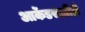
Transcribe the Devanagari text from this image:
आर्केडसाठीही